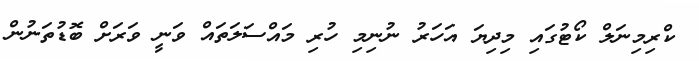
ކްރިމިނަލް ކޯޓުގައި މިދިޔަ އަހަރު ނުނިމި ހުރި މައްސަލަތައް ވަނީ ވަރަށް ބޮޑުތަނުން